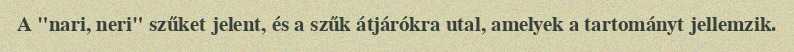
A "nari, neri" szűket jelent, és a szűk átjárókra utal, amelyek a tartományt jellemzik.